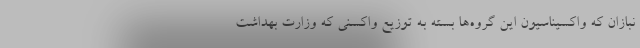
نبازان که واکسیناسیون این گروه‌ها بسته به توزیع واکسنی که وزارت بهداشت